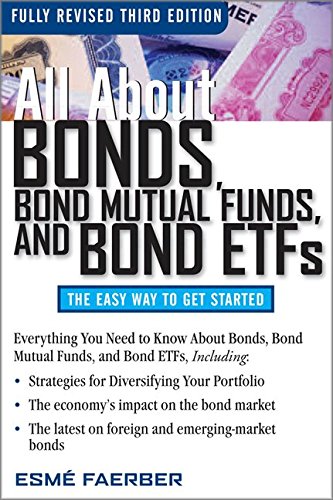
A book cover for All About Bonds, Bond Mutual Funds, and Bond ETFs, 3rd Edition (All About... (McGraw-Hill)); Esme Faerber; Business & Money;